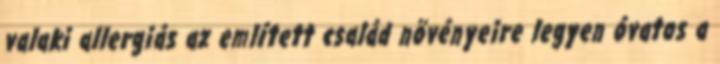
valaki allergiás az említett család növényeire legyen óvatos a